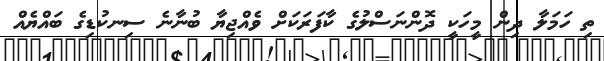
ތި ހަމަލާ ދިން މީހަކީ ދޮންނަސްލުގެ ކާފަރަކަށް ވެއްޖިޔާ ބުނާނެ ސިނކުޑިގެ ބައްޔެއް